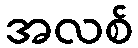
အလစ်